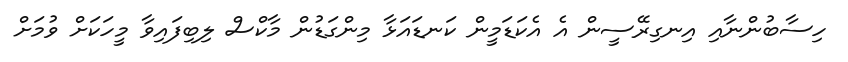
ހިސާބުންނާއި އިނގިރޭސީން އެ އެކަޑަމީން ކަނޑައަޅާ މިންގަޑުން މާކްސް ލިބިފައިވާ މީހަކަށް ވުމަށް